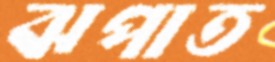
ঝপাত